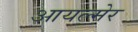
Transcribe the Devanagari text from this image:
आयल्मेर